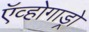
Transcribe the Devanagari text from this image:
ऍव्होगाड्रो